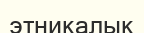
этникалык